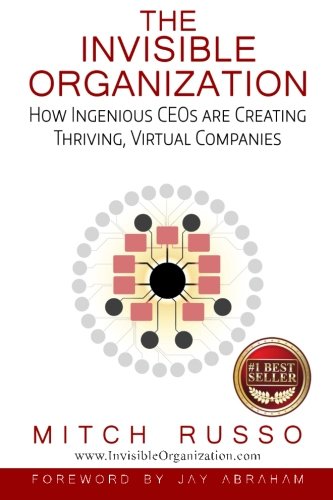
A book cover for The Invisible Organization: How Ingenious CEOs are Creating Thriving, Virtual Companies; Mitch Russo; Business & Money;